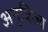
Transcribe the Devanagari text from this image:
अनुत्रिज्य